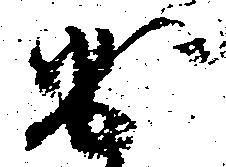
出